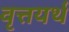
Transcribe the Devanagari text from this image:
वृत्तयर्थ